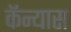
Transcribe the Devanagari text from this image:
कॅन्यास